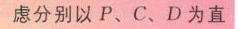
虑分别以 \(P\)、\(C\)、\(D\) 为直